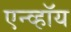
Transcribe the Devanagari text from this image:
एन्व्हॉय